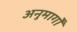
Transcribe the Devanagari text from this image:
अनुमार्गों